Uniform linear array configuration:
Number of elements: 4
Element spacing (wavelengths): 1
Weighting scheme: exponential
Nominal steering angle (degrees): -60
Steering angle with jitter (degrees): -61.989
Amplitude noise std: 0.05
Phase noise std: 0.05

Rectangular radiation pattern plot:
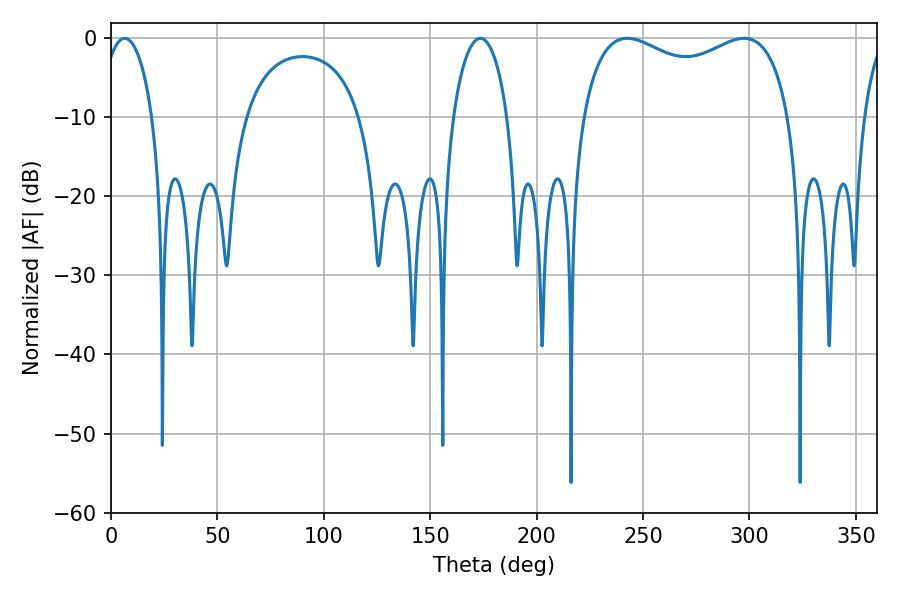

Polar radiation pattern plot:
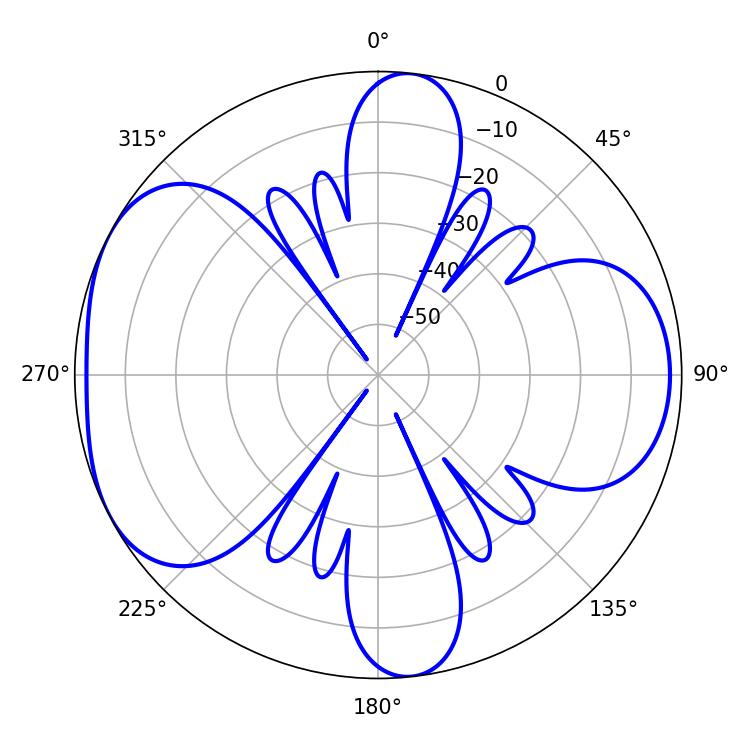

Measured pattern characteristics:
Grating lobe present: TRUE
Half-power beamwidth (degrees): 13.68
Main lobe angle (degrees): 6.48